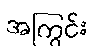
အကြွင်း